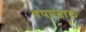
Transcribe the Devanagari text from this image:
वपाजाल